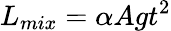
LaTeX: L_{mix}=\alpha Agt^{2}